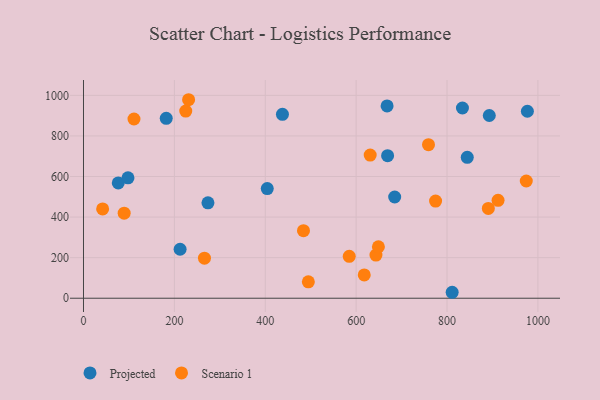
{"axis": {"x": "Study Hours", "y": "Fuel Efficiency"}, "legend": ["Projected", "Scenario 1"], "data": [{"x": "893.0", "y": 900.8, "type": "Projected"}, {"x": "182.1", "y": 887.0, "type": "Projected"}, {"x": "76.5", "y": 568.5, "type": "Projected"}, {"x": "976.8", "y": 921.7, "type": "Projected"}, {"x": "844.5", "y": 694.6, "type": "Projected"}, {"x": "273.9", "y": 470.5, "type": "Projected"}, {"x": "404.4", "y": 540.6, "type": "Projected"}, {"x": "437.8", "y": 906.7, "type": "Projected"}, {"x": "811.3", "y": 29.3, "type": "Projected"}, {"x": "212.6", "y": 241.4, "type": "Projected"}, {"x": "833.9", "y": 937.8, "type": "Projected"}, {"x": "97.9", "y": 593.4, "type": "Projected"}, {"x": "669.2", "y": 702.5, "type": "Projected"}, {"x": "668.1", "y": 947.7, "type": "Projected"}, {"x": "684.8", "y": 499.0, "type": "Projected"}, {"x": "225.0", "y": 922.4, "type": "Scenario 1"}, {"x": "266.2", "y": 197.5, "type": "Scenario 1"}, {"x": "643.6", "y": 212.9, "type": "Scenario 1"}, {"x": "974.4", "y": 577.8, "type": "Scenario 1"}, {"x": "630.9", "y": 705.5, "type": "Scenario 1"}, {"x": "774.8", "y": 478.7, "type": "Scenario 1"}, {"x": "494.8", "y": 80.9, "type": "Scenario 1"}, {"x": "42.1", "y": 440.4, "type": "Scenario 1"}, {"x": "912.3", "y": 482.6, "type": "Scenario 1"}, {"x": "890.9", "y": 442.5, "type": "Scenario 1"}, {"x": "759.2", "y": 756.8, "type": "Scenario 1"}, {"x": "231.3", "y": 978.5, "type": "Scenario 1"}, {"x": "89.5", "y": 419.2, "type": "Scenario 1"}, {"x": "617.8", "y": 114.9, "type": "Scenario 1"}, {"x": "484.1", "y": 333.2, "type": "Scenario 1"}, {"x": "649.0", "y": 253.8, "type": "Scenario 1"}, {"x": "111.1", "y": 883.4, "type": "Scenario 1"}, {"x": "584.8", "y": 206.3, "type": "Scenario 1"}]}